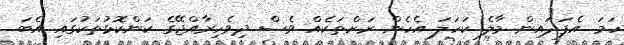
ހަމަ އެފަދައިން މާލެ ކަހަލަ އެހެން ރަށްތަކެއް ވެސް ދިވެހިރާއްޖޭގެ ކަންކޮޅުތަކުގައި އެބަ